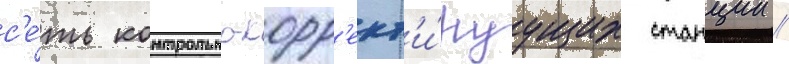
с'е́ть контрольно-корр'ект'и́руущих станции /